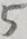
5